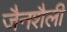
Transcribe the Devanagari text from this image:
जैनशैली